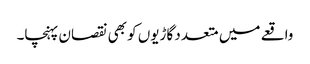
واقعے میں متعدد گاڑیوں کو بھی نقصان پہنچا۔